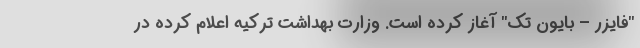
"فایزر – بایون تک" آغاز کرده است. وزارت بهداشت ترکیه اعلام کرده در